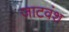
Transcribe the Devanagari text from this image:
जाटवंश